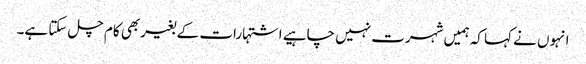
انہوں نے کہا کہ ہمیں شہرت نہیں چاہیے اشتہارات کے بغیربھی کام چل سکتا ہے۔